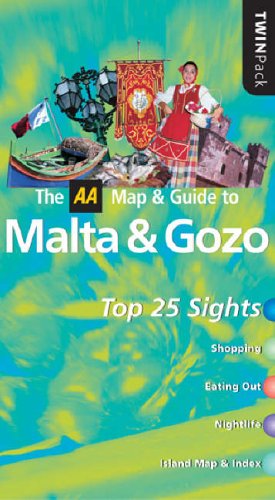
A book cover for AA Twinpack Malta and Gozo (AA TwinPack Guides); Patricia Levy; Travel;